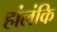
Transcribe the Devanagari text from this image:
हांलंकि